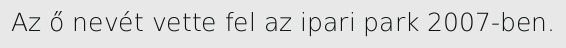
Az ő nevét vette fel az ipari park 2007-ben.